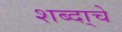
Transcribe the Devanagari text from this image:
शब्दा्चे